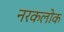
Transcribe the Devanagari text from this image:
नरकलोक